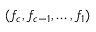
( f _ { c } , f _ { c - 1 } , \ldots , f _ { 1 } )